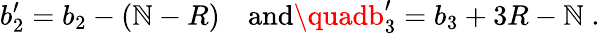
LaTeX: b_{2}^{\prime}=b_{2}-(\mathbb{N}-R)\quad\mathrm{{and}}\quadb_{3}^{\prime}=b_{3}+3R-\mathbb{N}\; .